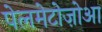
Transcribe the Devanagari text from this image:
पेलमेटोज़ोआ